Annual statistical returns and brief notes on vaccination in Bengal - 1887-1898
Year: 1887
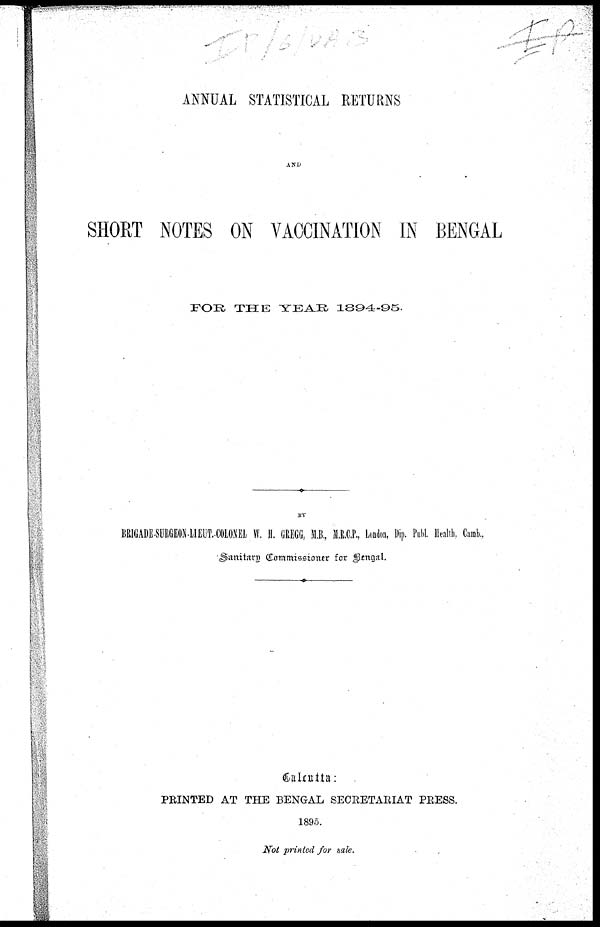
ANNUAL STATISTICAL RETURNS
AND
SHORT NOTES ON VACCINATION IN BENGAL
FOR THE YEAR 1894-95.
BY
BRIGADE-SURGEON LIEUT.-COLONEL W. H. GREGG, M.B., M.R.C.P., London, Dip. Publ. Health, Camb.,
Sanitary Commissioner for Bengal.
Calcutta:
PRINTED AT THE BENGAL SECRETARIAT PRESS.
1895.
Not printed for sale.